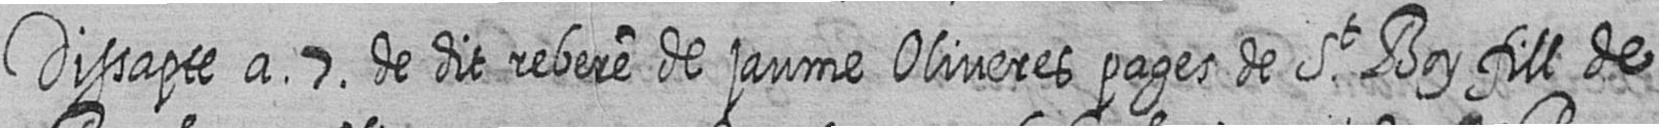
Dissapte a 7 de dit rebere de jaume Oliveres pages de St Boy fill de